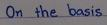
On the basis